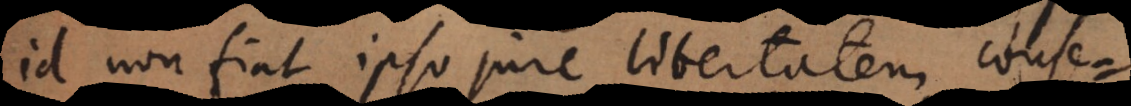
id non fiat ipso jure [libertas] conse